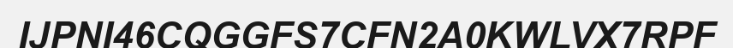
IJPNI46CQGGFS7CFN2A0KWLVX7RPF